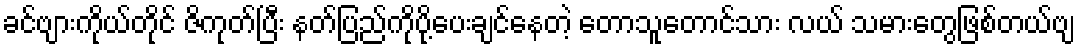
ခင်ဗျားကိုယ်တိုင် ဇိကုတ်ပြီး နတ်ပြည်ကိုပို့ပေးချင်နေတဲ့ တောသူတောင်သား လယ် သမားတွေဖြစ်တယ်ဗျ